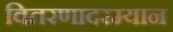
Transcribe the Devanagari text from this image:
वितरणादरम्यान